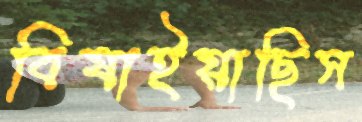
বিষাইয়াছিস